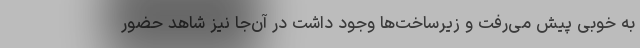
به خوبی پیش می‌رفت و زیرساخت‌ها وجود داشت در آن‌جا نیز شاهد حضور